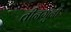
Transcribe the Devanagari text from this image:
तीनगुनी